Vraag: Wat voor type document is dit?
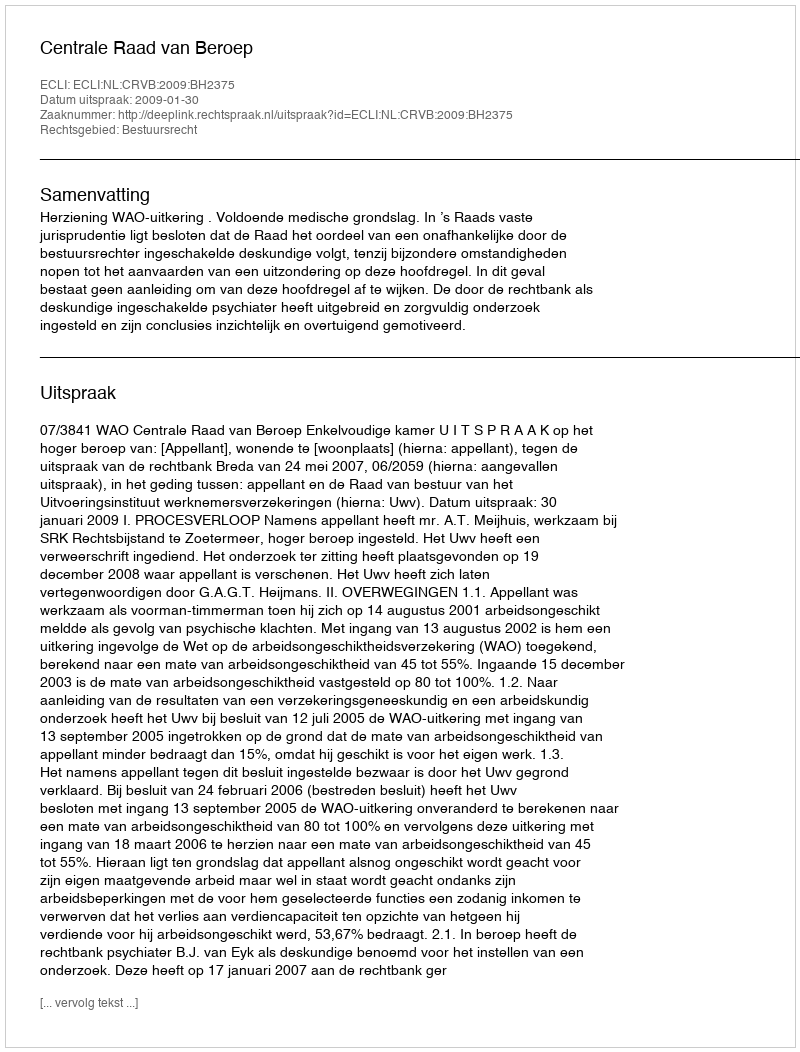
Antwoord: Uitspraak